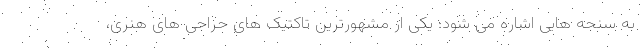
به سنجه هایی اشاره می شود: یکی از مشهورترین تاکتیک های حراجی های هنری،